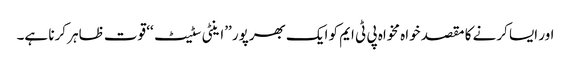
اور ایسا کرنے کا مقصد خواہ مخواہ پی ٹی ایم کو ایک بھرپور ’’اینٹی سٹیٹ‘‘ قوت ظاہر کرنا ہے۔